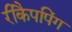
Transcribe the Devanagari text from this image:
रीकैपपिंग